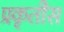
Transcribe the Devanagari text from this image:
प्रकृतीस